38_143685_box_Incident_Summaries_173-233
Agency: Department of War
Page 124
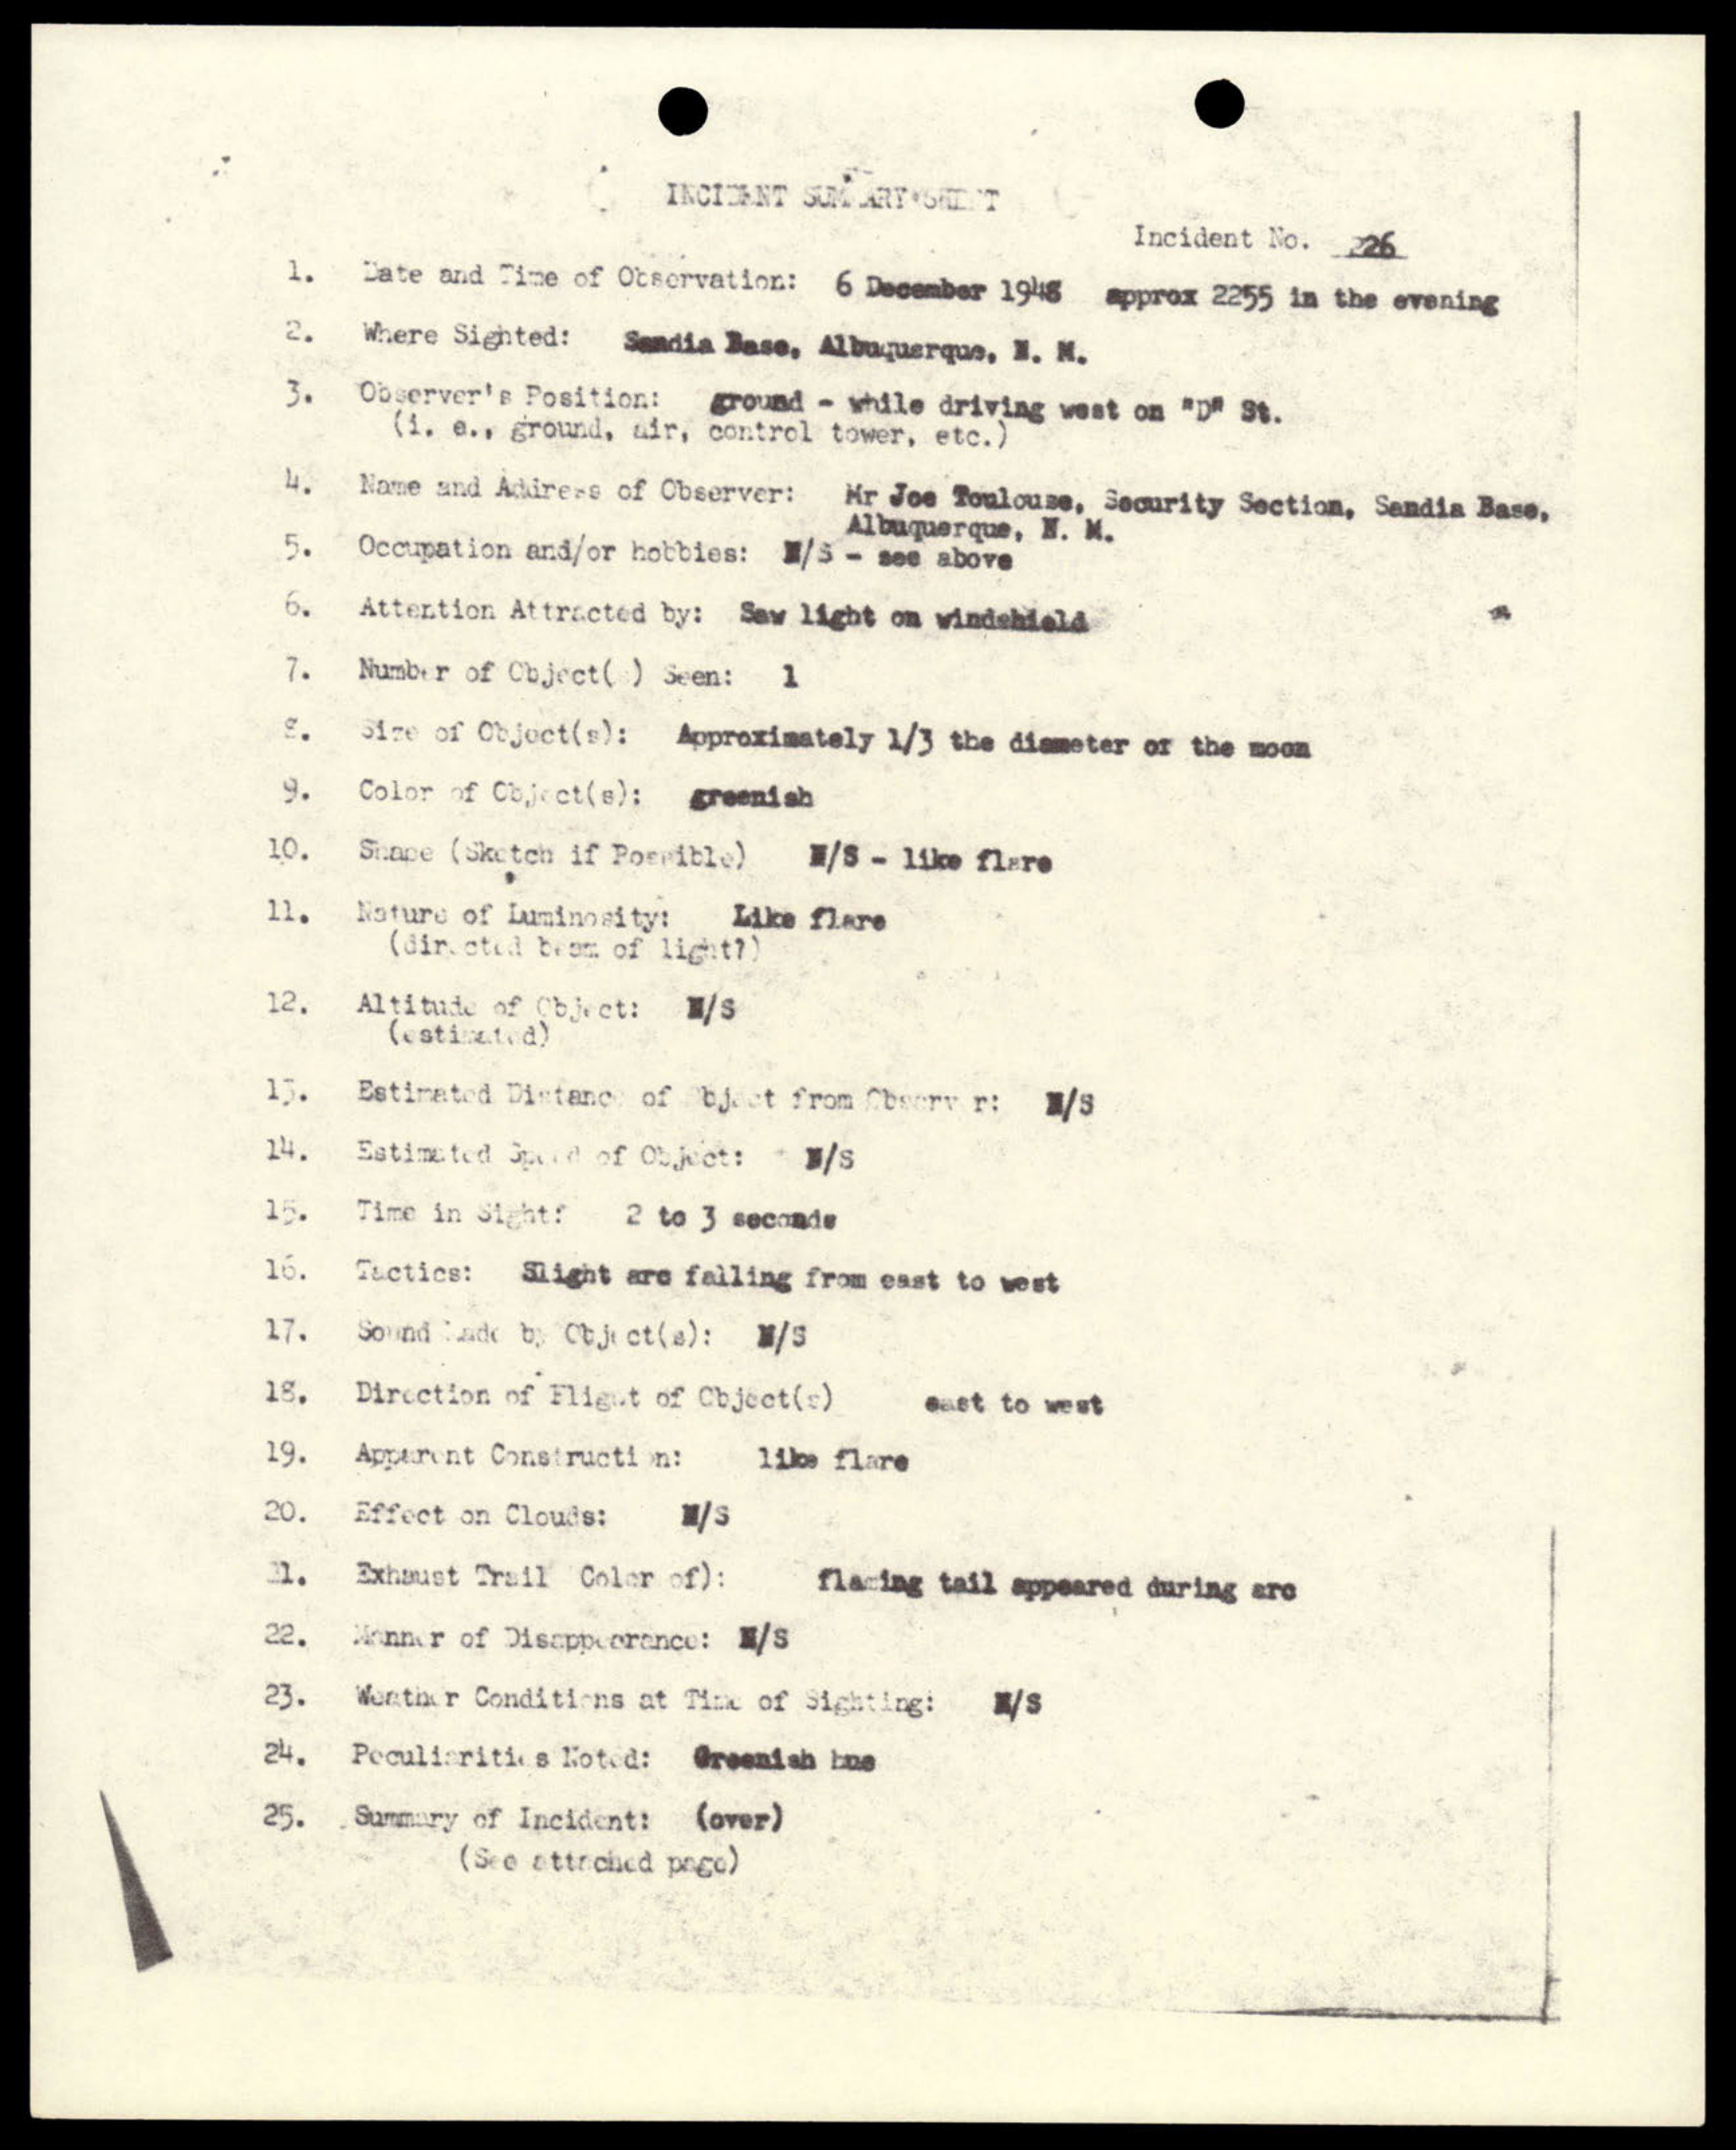